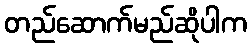
တည်ဆောက်မည်ဆိုပါက